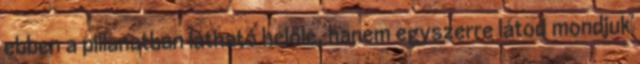
ebben a pillanatban látható belőle, hanem egyszerre látod mondjuk